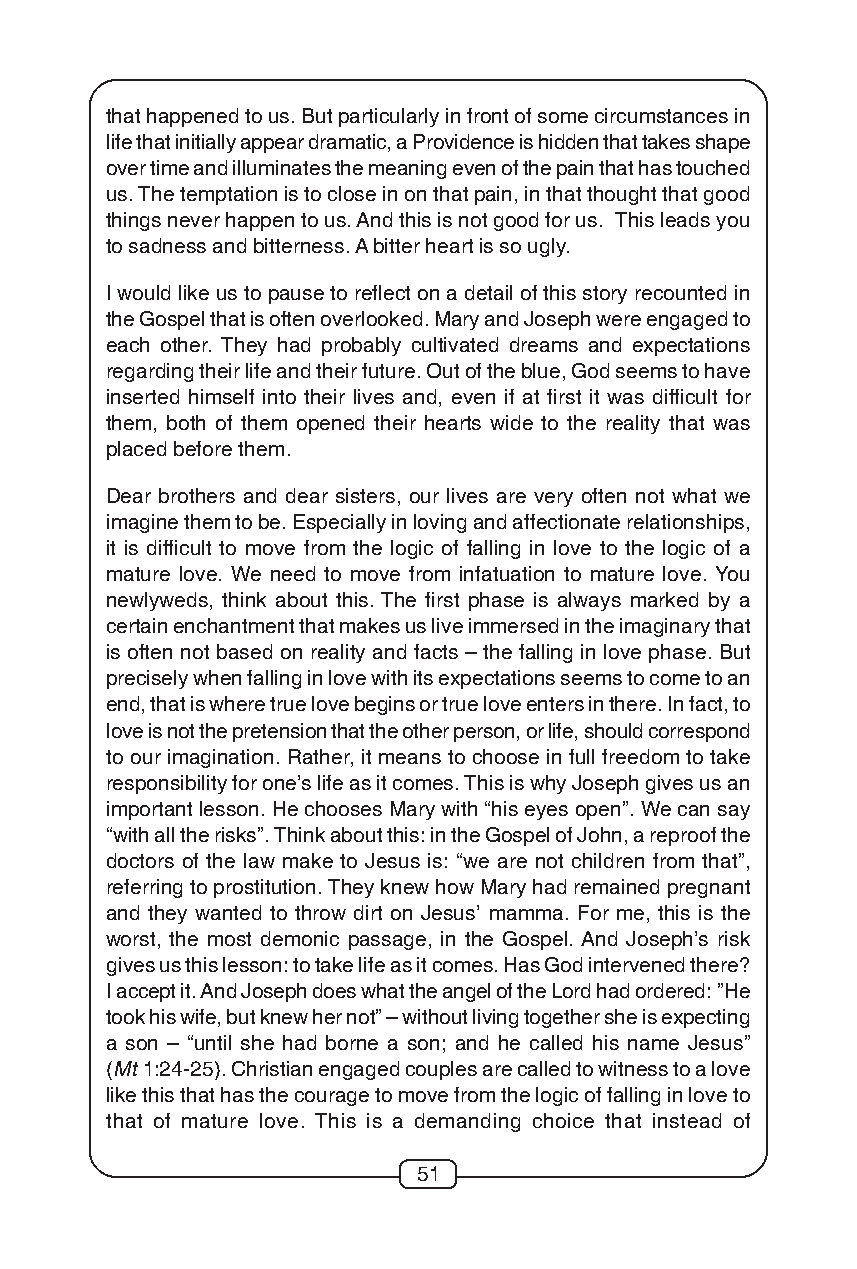
that happened to us. But particularly in front of some circumstances in
 life that initially appear dramatic, a Providence is hidden that takes shape
 over time and illuminates the meaning even of the pain that has touched
 us. The temptation is to close in on that pain, in that thought that good
 things never happen to us. And this is not good for us. This leads you
 to sadness and bitterness. A bitter heart is so ugly.
 I would like us to pause to reflect on a detail of this story recounted in
 the Gospel that is often overlooked. Mary and Joseph were engaged to
 each other. They had probably cultivated dreams and expectations
 regarding their life and their future. Out of the blue, God seems to have
 inserted himself into their lives and, even if at first it was difficult for
 them, both of them opened their hearts wide to the reality that was
 placed before them.
 Dear brothers and dear sisters, our lives are very often not what we
 imagine them to be. Especially in loving and affectionate relationships,
 it is difficult to move from the logic of falling in love to the logic of a
 mature love. We need to move from infatuation to mature love. You
 newlyweds, think about this. The first phase is always marked by a
 certain enchantment that makes us live immersed in the imaginary that
 is often not based on reality and facts – the falling in love phase. But
 precisely when falling in love with its expectations seems to come to an
 end, that is where true love begins or true love enters in there. In fact, to
 love is not the pretension that the other person, or life, should correspond
 to our imagination. Rather, it means to choose in full freedom to take
 responsibility for one’s life as it comes. This is why Joseph gives us an
 important lesson. He chooses Mary with “his eyes open”. We can say
 “with all the risks”. Think about this: in the Gospel of John, a reproof the
 doctors of the law make to Jesus is: “we are not children from that”,
 referring to prostitution. They knew how Mary had remained pregnant
 and they wanted to throw dirt on Jesus’ mamma. For me, this is the
 worst, the most demonic passage, in the Gospel. And Joseph’s risk
 gives us this lesson: to take life as it comes. Has God intervened there?
 I accept it. And Joseph does what the angel of the Lord had ordered: ”He
 took his wife, but knew her not” – without living together she is expecting
 a son – “until she had borne a son; and he called his name Jesus”
 (Mt 1:24-25). Christian engaged couples are called to witness to a love
 like this that has the courage to move from the logic of falling in love to
 that of mature love. This is a demanding choice that instead of
 51